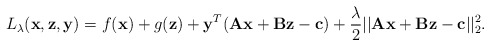
\begin{align*}L_\lambda(\mathbf{x},\mathbf{z},\mathbf{y}) = f(\mathbf{x}) + g(\mathbf{z}) + \mathbf{y}^T(\mathbf{Ax}+\mathbf{Bz}- \mathbf{c})+ \frac{\lambda}{2}||\mathbf{Ax}+\mathbf{Bz}- \mathbf{c}||_2^2.\end{align*}